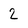
Character: 2